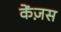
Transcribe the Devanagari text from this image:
केंज़स